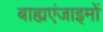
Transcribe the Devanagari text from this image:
बाह्यएंजाइमों